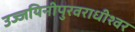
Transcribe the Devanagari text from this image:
उज्जयिनीपुरवराधीश्वर